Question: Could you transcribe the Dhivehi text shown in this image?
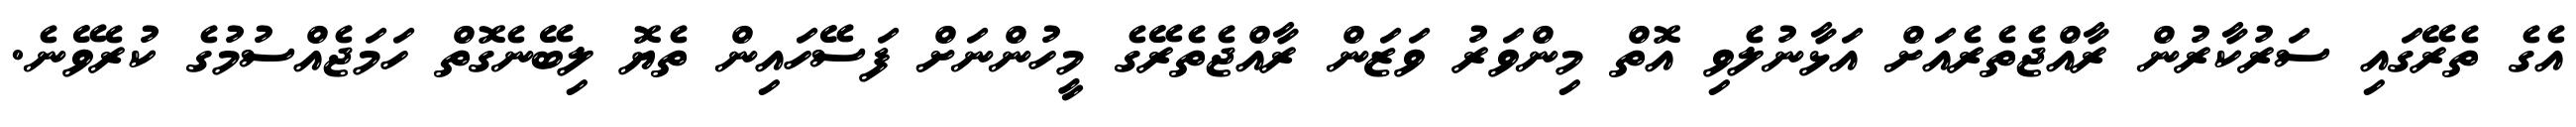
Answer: އެގެ ތެރޭގައި ސަރުކާރުން ރާއްޖެތެރެއަށް އަޅާނުލެވި އޮތް މިންވަރު ވަޒަން ރާއްޖެތެރޭގެ މީހުންނަށް ފަސޭހައިން ތެޔޮ ލިބޭނެގޮތް ހަމަޖެއްސުމުގެ ކުރެވޭނެ.